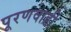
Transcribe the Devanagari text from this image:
पूरणवाडी